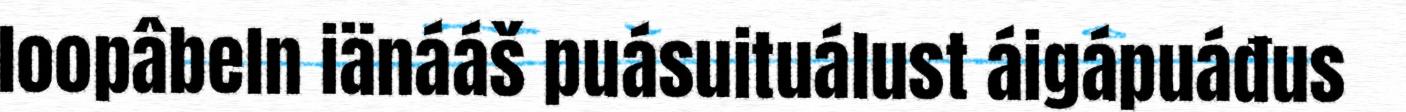
loopâbeln iänááš puásuituálust áigápuáđus